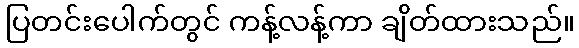
ပြတင်းပေါက်တွင် ကန့်လန့်ကာ ချိတ်ထားသည်။